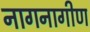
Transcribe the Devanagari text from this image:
नागनागीण